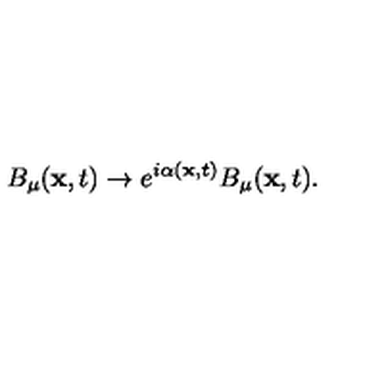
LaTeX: B _ { \mu } ( { \bf x } , t ) \rightarrow e ^ { i \alpha ( { \bf x } , t ) } B _ { \mu } ( { \bf x } , t ) .